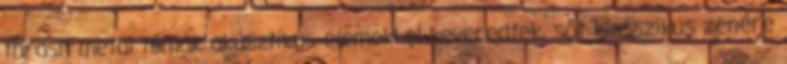
thrash metal témák akusztikus elemekkel keveredtek, sőt klasszikus zenére